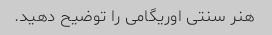
هنر سنتی اوریگامی را توضیح دهید.